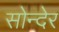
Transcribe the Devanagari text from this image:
सोन्देर